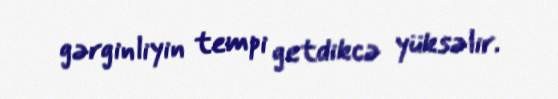
gərginliyin tempi getdikcə yüksəlir.